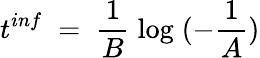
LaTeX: t^{inf}\; =\; \frac{1}{B}\; \log\; (-\frac{1}{A})